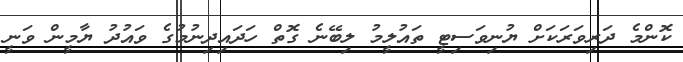
ކޮންމެ ދަރިވަރަކަށް ޔުނިވަސިޓީ ތައުލީމު ލިބޭނެ ގޮތް ހަދައިދިނުމުގެ ވައުދު ޔާމީން ވަނީ